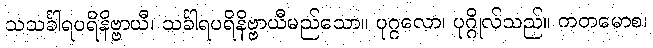
သသင်္ခါရပရိနိဗ္ဗာယီ၊ သင်္ခါရပရိနိဗ္ဗာယီမည်သော။ ပုဂ္ဂလော၊ ပုဂ္ဂိုလ်သည်။ ကတမောစ၊